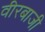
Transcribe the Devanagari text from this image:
वीरबाजी